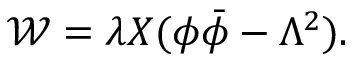
{ \mathcal W } = \lambda X ( \phi \bar { \phi } - \Lambda ^ { 2 } ) .